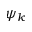
\psi _ { k }